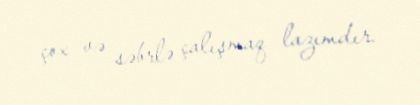
çox və səbrlə çalışmaq lazımdır.